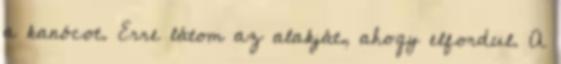
a kanócot. Erre látom az alakját, ahogy elfordul. A